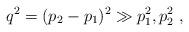
LaTeX: \begin{align*}q^2 = (p_2 - p_1)^2 \gg p^2_1, p^2_2 ~,\end{align*}